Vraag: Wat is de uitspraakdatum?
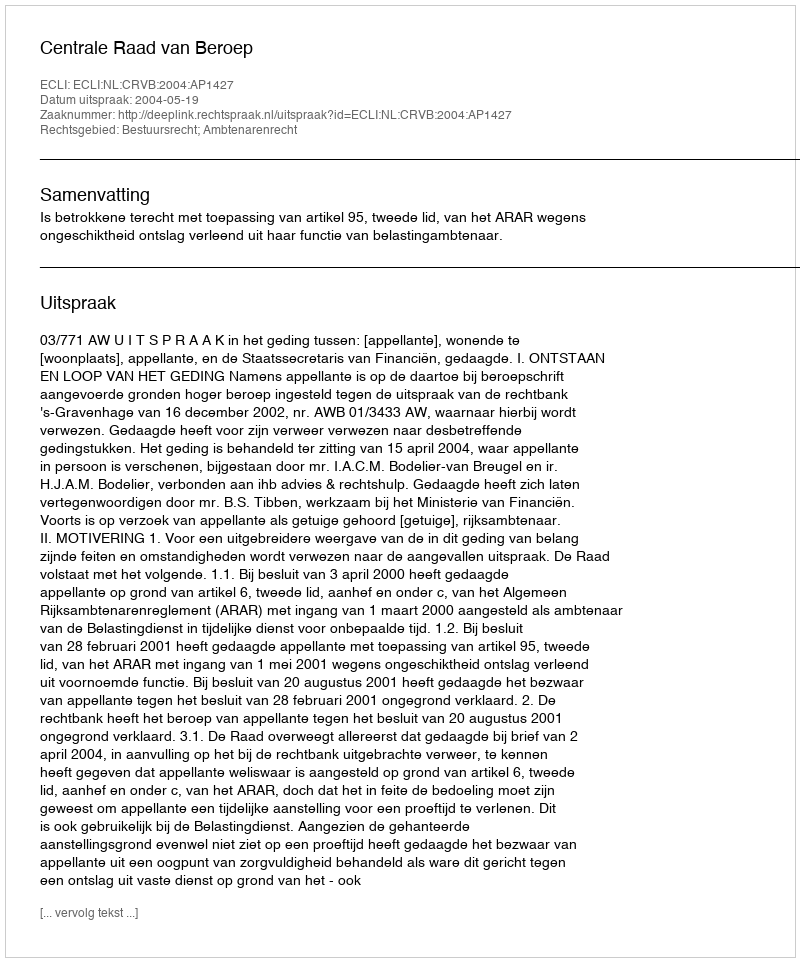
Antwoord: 2004-05-19